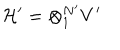
{ \cal H ^ { \prime } } = \otimes _ { 1 } ^ { N ^ { \prime } } V ^ { \prime }